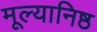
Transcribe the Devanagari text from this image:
मूल्यानिष्ठ